Leaving Certificate Examination, 1919
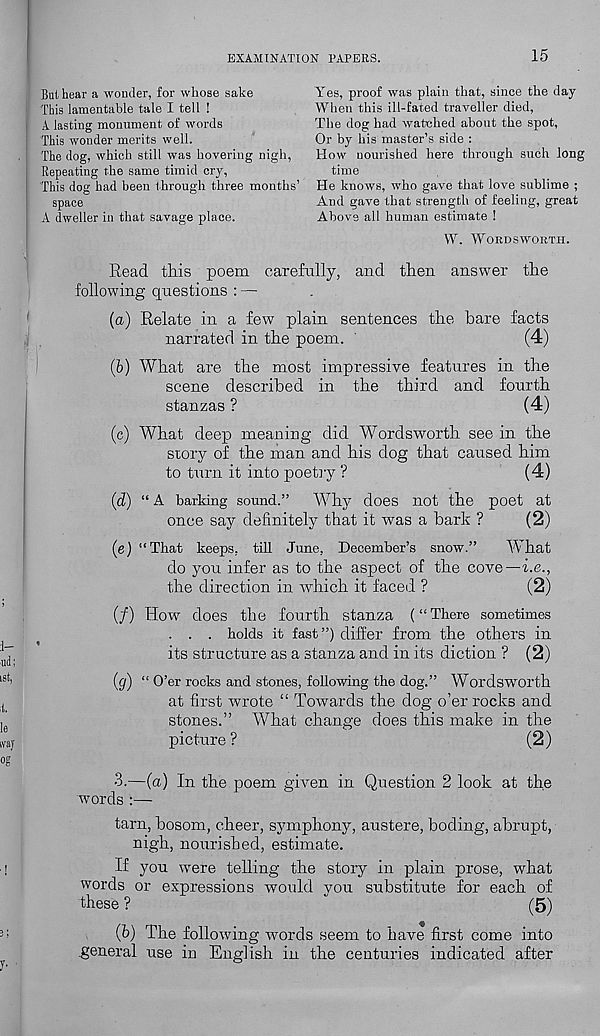
EXAMINATION PAPERS.
15
But hear a wonder, for whose sake
This lamentable tale I tell !
A lasting monument of words
This wonder merits well.
The dog, which still was hovering nigh,
Repeating the same timid cry,
This dog had been through three months’
space
A dweller in that savage place.
Yes, proof was plain that, since the day
When this ill-fated traveller died,
The dog had watched about the spot,
Or by his master’s side :
How nourished here through such long
time
He knows, who gave that love sublime ;
And gave that strength of feeling, great
Above all human estimate !
W. WORDSWORTH.
Read this poem carefully, and then answer the
following questions : —
(a) Relate in a few plain sentences the bare facts
narrated in the poem.
(4)
(b) What are the most impressive features in the
scene described in the third and fourth
stanzas ?
(4)
(c) What deep meaning did Wordsworth see in the
story of the man and his dog that caused him
to turn it into poetry ?
(4)
(d) “ A barking sound.” Why does not the poet at
once say definitely that it was a bark ?
(2)
(e) “That keeps, till June, December’s snow.”
What
do you infer as to the aspect of the cove—he.,
the direction in which it faced ?
(2)
(/) How does the fourth stanza (“There sometimes
. . . holds it fast”) differ from the others in
its structure as a stanza and in its diction ? (2)
(g) “ O’er rocks and stones, following the dog.” Wordsworth
at first wrote “ Towards the dog o’er rocks and
stones.” What change does this make in the
picture?
(2)
3.—(a) In the poem given in Question 2 look at the
words :—
tarn, bosom, cheer, symphony, austere, boding, abrupt,
nigh, nourished, estimate.
If you were telling the story in plain prose, what
words or expressions would you substitute for each of
these ?
(5)
(b) The following words seem to have first come into
.general use in English in the centuries indicated after